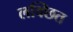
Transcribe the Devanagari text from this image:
लक्छित